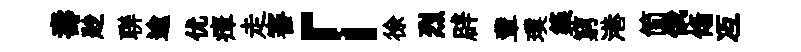
壽尟聨逾优瘴走審「徐烈辟輩璞築窮港简俄翛冱